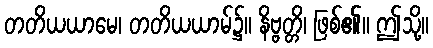
တတိယယာမေ၊ တတိယယာမ်၌။ နိဗ္ဗတ္တိ၊ ဖြစ်၏။ ဤသို့။